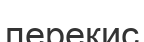
перекис